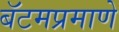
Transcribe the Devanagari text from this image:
बॅटमप्रमाणे